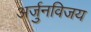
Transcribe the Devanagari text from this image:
अर्जुनविजय